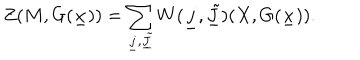
LaTeX: Z ( M , G ( \underline { { x } } ) ) = \sum _ { \underline { { j } } , \underline { { { \tilde { J } } } } } W ( \underline { { j } } , \underline { { { \tilde { J } } } } ) ( X , G ( \underline { { x } } ) ) .